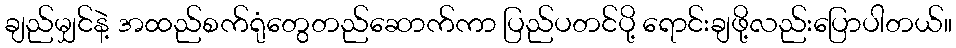
ချည်မျှင်နဲ့ အထည်စက်ရုံတွေတည်ဆောက်ကာ ပြည်ပတင်ပို့ ရောင်းချဖို့လည်းပြောပါတယ်။